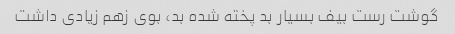
گوشت رست بیف بسیار بد پخته شده بد، بوی زهم زیادی داشت